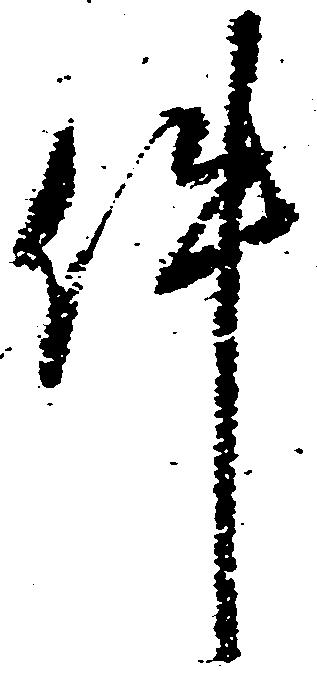
件